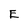
Character: E